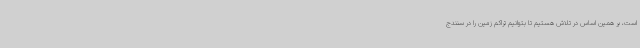
است، بر همین اساس در تلاش هستیم تا بتوانیم تراکم زمین را در سنندج